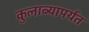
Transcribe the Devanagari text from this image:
कुलाब्यापर्यंत